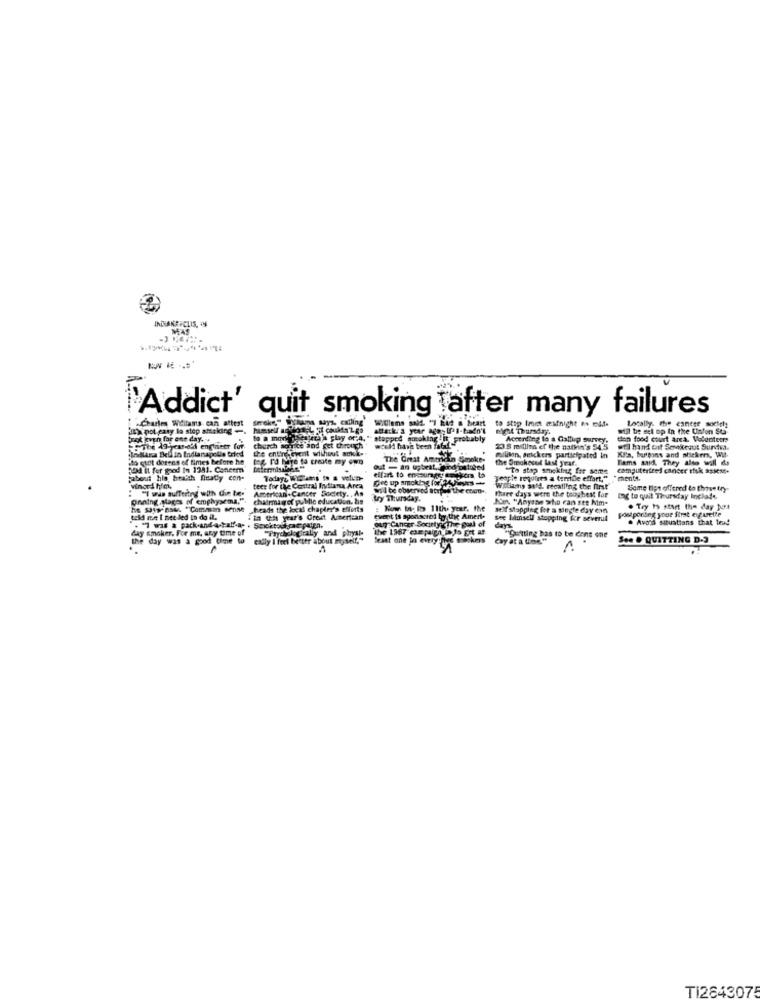
INDIAKEPCLIS, WN
MAS
Addict' quit smoking after many failures
-Charles Weilams can attest
Locally. the eanese society
una pot paty la stop amtaking -.
WClans salt "I had a heart to stop Imet midnight es elf.
nicht mursdry
will be sel op In the Uston St
toot kvan for ent day.+
to a mod besteta a play of'4. " stopped smoking . it probably
Accerding to a Gallup survey.
tion food court area. Valeriterre
The 49-year-old engtiner for.
IndlAna Bell in Indianapelle tried
church sorite and get cheorch
the entire event without amek ..
wtold have been fa6
23 8 millina ef the nathin's 543
wfl hand off Servikegut Surviva.
to cut dozens of times before he
tog I'd hire to create my own
The Great American Smoke-
the Smokecut last fraf.
millikin, deickers participated in
KFs, buttons and shekers, Wit.
Tams stich. They also will da
24 it for good In 1981. Coneer'
out - an upbeat, ordinatibed
"to stop smoking for some
computertred cancer risk asses6.
Fabout his health finally con-
elfart to eosungeremakers ba
Teorie requires a terede effort."
: "I wis suffering with die te-
..
teer for the Central Indiana Arca
AmericanCancer Society. , As
Will be observed atypes the coup ..
Wolians aald. recalling the first
Phare days were the teoubest for
Some tips offered to thise try
onning ,pages of emphysema," . chatrmigof public education. lis
Lry Thursday.
Je "Anyone who can ste Nim-
tag to quait Thursday Inclade.
Sheads the local chapter's efforts
Now in- Io 11the year. the
self stopping for a single day con
postponing your first elf urcite
. Try 19 start the day Just
told me I nee led in do il.
. "7 was a pack-and-a-talf-ae . Sexoktogicae palen,
i in this year's Groet Ammertaan
event is sponsored by the Ameri.
uy Cancer SocietynicThe goal of
See lilmsell stopping Kr sevenil
. Avoid situations that lesed
fay smoker. For me. any time of
"Prychclo prally and physi-
the 1967 campaign in Is Ert af
days.
the day was a good time to eally I feel better about myself,"
Beset one in every:five sockers
day at a une"
"Quitting has to be dans one
Son . QUITTING D.3
A
TI2643075